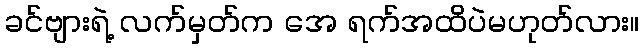
ခင်ဗျားရဲ့ လက်မှတ်က အေ ရက်အထိပဲမဟုတ်လား။